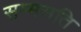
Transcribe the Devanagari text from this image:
सम्मसति